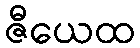
ဇီယေထ